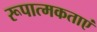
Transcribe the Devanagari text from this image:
रूपात्मकताएं